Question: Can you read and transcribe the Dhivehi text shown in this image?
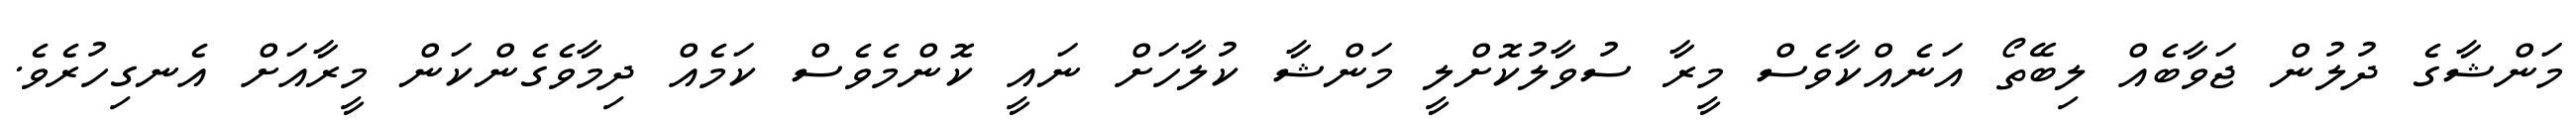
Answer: މަންޝާގެ ދުލުން ޖަވާބެއް ލިބޭތޯ އަނެއްކާވެސް މީރާ ސުވާލުކޮށްލީ މަންޝާ ކުލާހަށް ނައީ ކޮންމެވެސް ކަމެއް ދިމާވެގެންކަން މީރާއަށް އެނގިހުރެވެ.